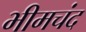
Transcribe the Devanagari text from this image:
भीमचंद